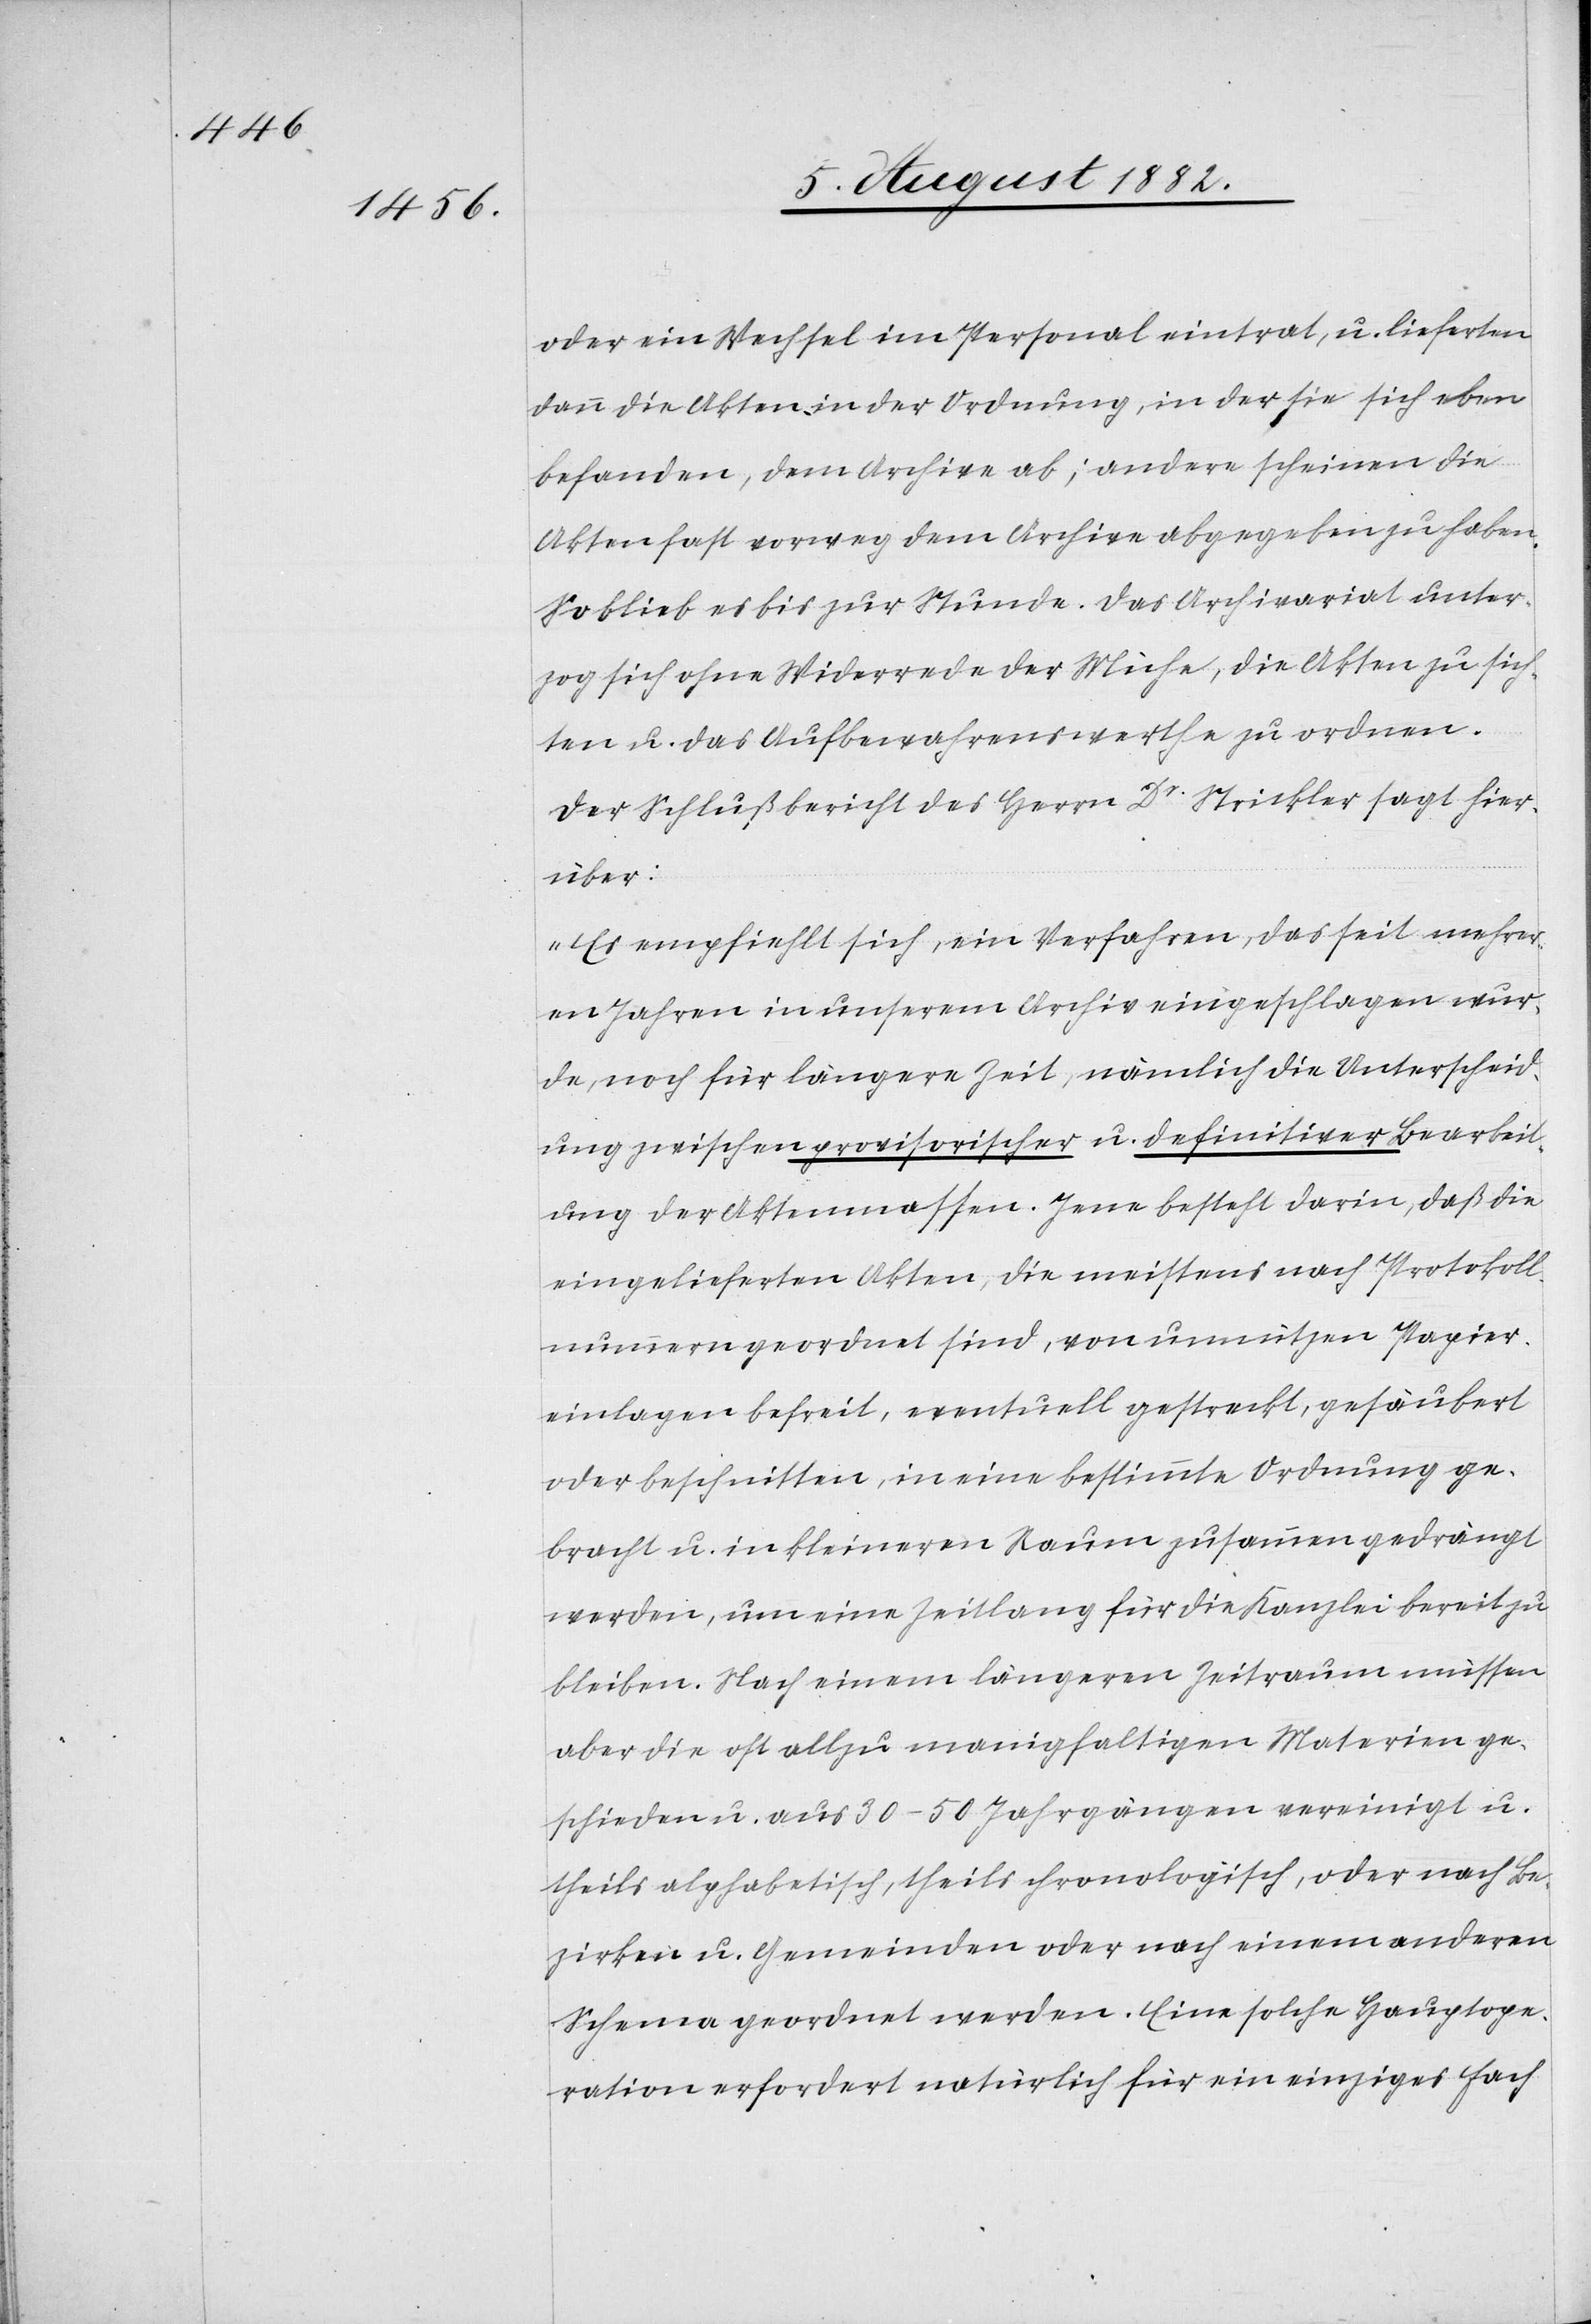
oder ein Wechsel im Personal eintrat, u. lieferten
dann die Akten in der Ordnung, in der sie sich eben
befanden, dem Archive ab; andere scheinen die
Akten fast vorweg dem Archive abgegeben zu haben.
So blieb es bis zur Stunde. Das Archivariat unter¬
zog sich ihn Widerrede der Mühe, die Akten zu sich¬
ten u. das Aufbewahrenswerthe zu ordnen.
Der Schlußbericht des Herrn Dr Strickler sagt hier¬
über:
„Es empfiehlt sich, ein Verfahren, das seit mehrer¬
en Jahren in unserem Archiv eingeschlagen wur¬
de, noch für längere Zeit, nämlich die Unterscheid¬
ung zwischen provisorischer u. definitiver Bearbeit¬
ung der Aktenmassen. Jene besteht darin, daß die
eingelieferten Akten, die meistens nach Protokoll¬
nummern geordnet sind, von unnützen Papier¬
einlagen befreit, eventuell gestreckt, gesäubert
oder beschnitten, in eine bestimmte Ordnung ge¬
bracht u. in kleineren Raum zusammen gedrängt
werden, um eine Zeitlang für die Kanzlei bereit zu
bleiben. Nach einem längeren Zeitraum müssen
aber die oft allzu manigfaltigen Materien ge¬
schieden u. aus 30–50 Jahrgängen vereinigt u.
theils alphabetisch, theils chronologisch, oder nach Be¬
zirken u. Gemeinden oder nach einem andern
Schema geordnet werden. Eine solche Hauptope¬
ration erfordert natürlich für ein einziges Fach